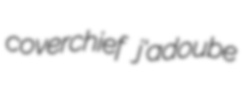
coverchief j'adoube